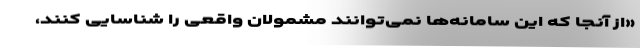
«از آنجا که این سامانه‌ها نمی‌توانند مشمولان واقعی را شناسایی کنند،